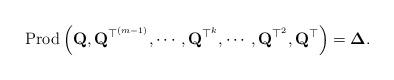
LaTeX: \begin{align*}\mbox{Prod}\left(\mathbf{Q},\mathbf{Q}^{\top^{\left(m-1\right)}},\cdots,\mathbf{Q}^{\top^{k}},\cdots,\mathbf{Q}^{\top^{2}},\mathbf{Q}^{\top}\right)=\boldsymbol{\Delta}.\end{align*}